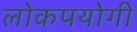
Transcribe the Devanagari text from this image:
लोकपयोगी